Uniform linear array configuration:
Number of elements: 8
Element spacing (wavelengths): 0.5
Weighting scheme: blackman
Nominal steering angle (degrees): -30
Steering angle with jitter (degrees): -28.939
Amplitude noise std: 0.05
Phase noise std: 0.05

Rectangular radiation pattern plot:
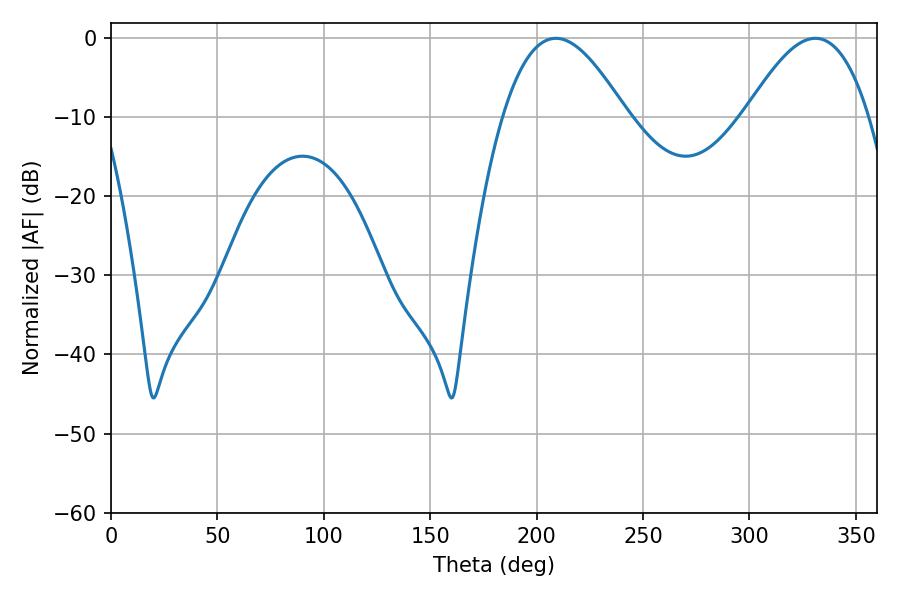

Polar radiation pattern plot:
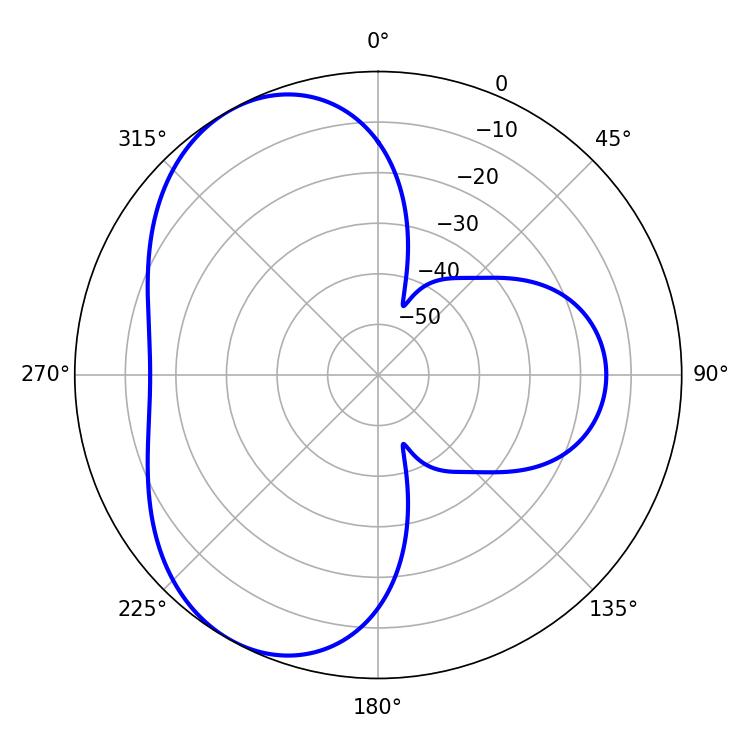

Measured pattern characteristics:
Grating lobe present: FALSE
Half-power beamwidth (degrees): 31.5
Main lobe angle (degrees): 208.98